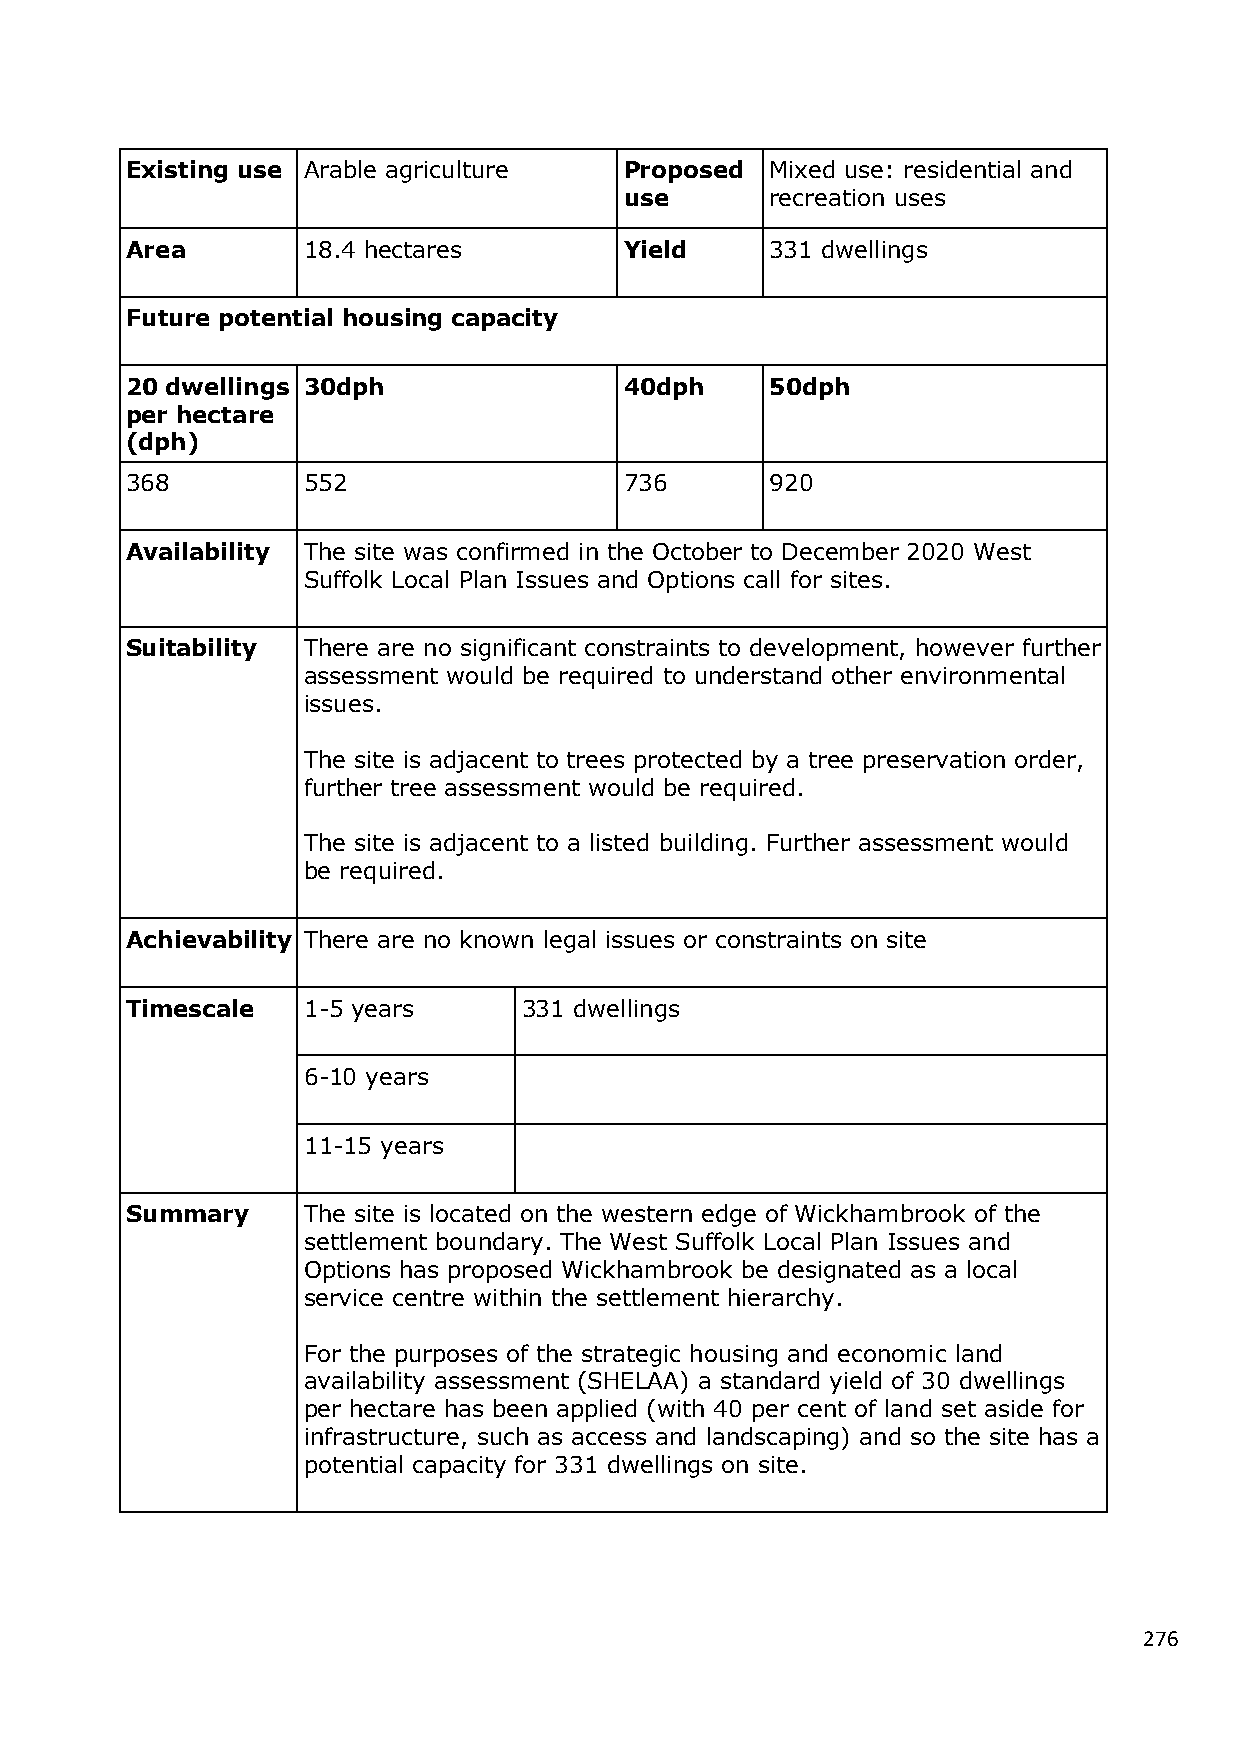
Existing use Arable agriculture  Proposed  Mixed use: residential and
 use       recreation uses
 Area        18.4 hectares        Yield     331 dwellings
 Future potential housing capacity
 20 dwellings 30dph               40dph     50dph
 per hectare
 (dph)
 368         552                  736       920
 Availability The site was confirmed in the October to December 2020 West
 Suffolk Local Plan Issues and Options call for sites.
 Suitability There are no significant constraints to development, however further
 assessment would be required to understand other environmental
 issues.
 The site is adjacent to trees protected by a tree preservation order,
 further tree assessment would be required.
 The site is adjacent to a listed building. Further assessment would
 be required.
 Achievability There are no known legal issues or constraints on site
 Timescale   1-5 years      331 dwellings
 6-10 years
 11-15 years
 Summary     The site is located on the western edge of Wickhambrook of the
 settlement boundary. The West Suffolk Local Plan Issues and
 Options has proposed Wickhambrook be designated as a local
 service centre within the settlement hierarchy.
 For the purposes of the strategic housing and economic land
 availability assessment (SHELAA) a standard yield of 30 dwellings
 per hectare has been applied (with 40 per cent of land set aside for
 infrastructure, such as access and landscaping) and so the site has a
 potential capacity for 331 dwellings on site.
 276